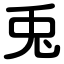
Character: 兎